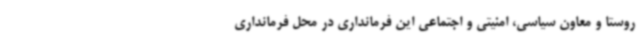
روستا و معاون سیاسی، امنیتی و اجتماعی این فرمانداری در محل فرمانداری